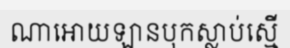
ណាអោយឡានបុកស្លាប់ស្មើ